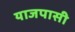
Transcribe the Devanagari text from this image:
याजपासी